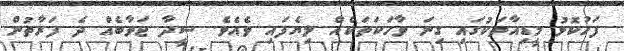
ފަހުކޮޅު މީޑިއާތަކުގައި ގިނަ ވާހަކަތަކެއް ލިޔެފައި ވެއެވެ. ސީދާ ޖަވާބެއް ދެ ފަރާތުން